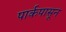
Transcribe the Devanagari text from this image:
पार्कपासून